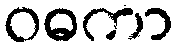
ဝဓကာ